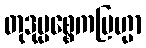
တုဒုပ္ပစ္စေကဗြဟ္မာ